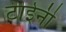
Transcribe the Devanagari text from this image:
टाईनी